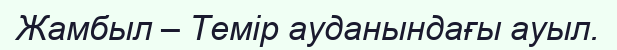
Жамбыл – Темір ауданындағы ауыл.